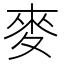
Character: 麥